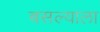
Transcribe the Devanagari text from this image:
बसल्याला